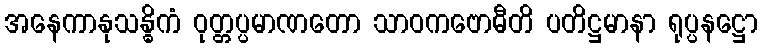
အနေကာနုသန္ဓိကံ ဝုတ္တပ္ပမာဏတော သာဝကဗောဓီတိ ပတိဋ္ဌမာနာ ရုပ္ပနဋ္ဌော